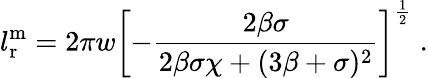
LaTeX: l_{\mathrm{r}}^{\mathrm{m}}=2\pi w\left[-\frac{2\beta\sigma}{2\beta\sigma\chi+(3\beta+\sigma)^{2}}\right]^{\frac 12}\; .